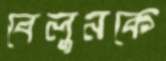
বেলুনকে